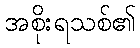
အစိုးရသစ်၏